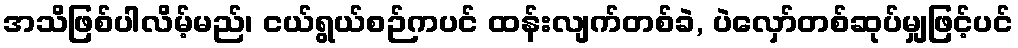
အသိဖြစ်ပါလိမ့်မည်၊ ငယ်ရွယ်စဉ်ကပင် ထန်းလျက်တစ်ခဲ, ပဲလှော်တစ်ဆုပ်မျှဖြင့်ပင်